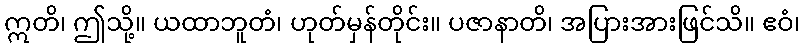
ဣတိ၊ ဤသို့။ ယထာဘူတံ၊ ဟုတ်မှန်တိုင်း။ ပဇာနာတိ၊ အပြားအားဖြင်သိ။ ဧဝံ၊